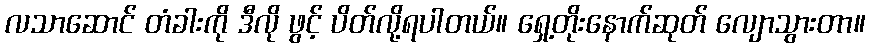
လသာဆောင် တံခါးကို ဒီလို ဖွင့် ပိတ်လို့ရပါတယ်။ ရှေ့တိုးနောက်ဆုတ် လျောသွားတာ။